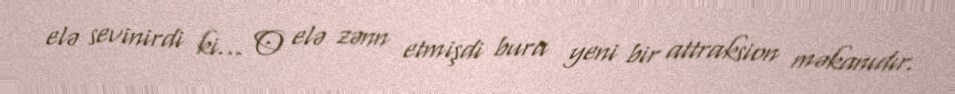
elə sevinirdi ki... O elə zənn etmişdi bura yeni bir attraksion məkanıdır.